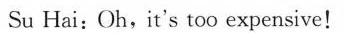
Su Hai:Oh,it's too expensive!